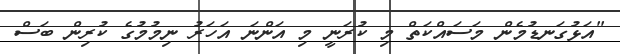
"އަޅުގަނޑުމެން މަސައްކަތް މި ކުރަނީ މި އަންނަ އަހަރު ނިމުމުގެ ކުރިން ބަސް